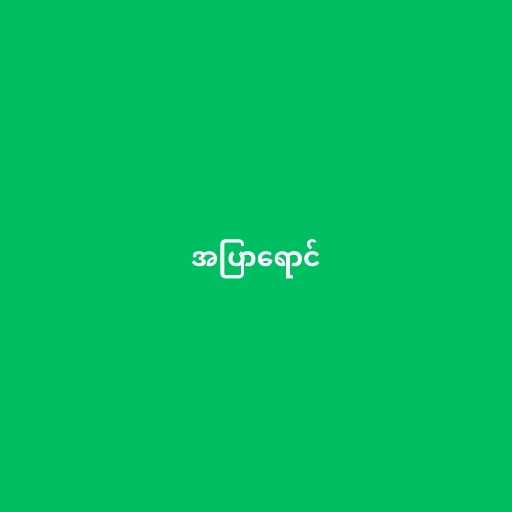
အပြာရောင်